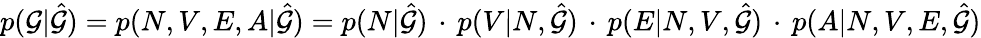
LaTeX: p(\mathcal{G}|\hat{\mathcal{G}})=p(N,V,E,A|\hat{\mathcal{G}})=p(N|\hat{\mathcal{G}})\, \cdot\, p(V|N,\hat{\mathcal{G}})\, \cdot\, p(E|N,V,\hat{\mathcal{G}})\, \cdot\, p(A|N,V,E,\hat{\mathcal{G}})